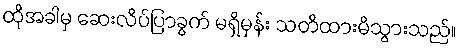
ထိုအခါမှ ဆေးလိပ်ပြာခွက် မရှိမှန်း သတိထားမိသွားသည်။